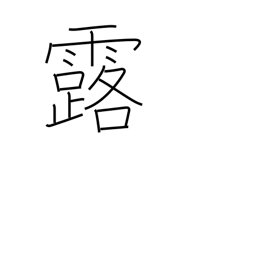
Meaning: dew